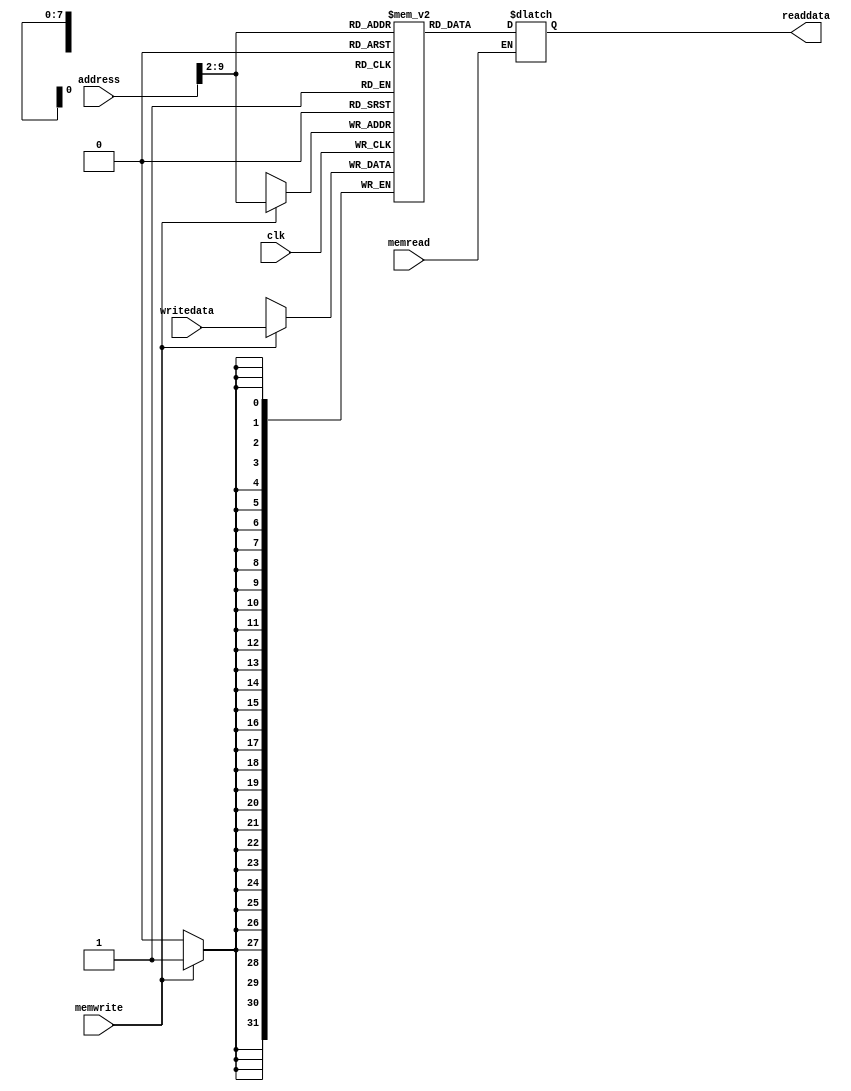
//Name:ghidaa
//ID:0199959

module Data_Memory(readdata , address, writedata , memwrite , memread , clk); 
input [31:0] address , writedata ; 
input memwrite , memread , clk; 
output [31:0] readdata; 

reg [31:0]readdata;
integer i;
reg [31:0] DM[255:0];

initial begin
for(i=0;i<256;i=i+1)
  DM[i]=i;
end

always @(address or  memread)
 begin
  #15;
    if(memread==1)
    readdata=DM[address>>2];
 end



always @(posedge clk)
 begin
  #10;
   if(memwrite==1)
   DM[address>>2]=writedata;
 end

endmodule